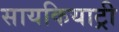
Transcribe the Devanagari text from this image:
सायकियाट्री